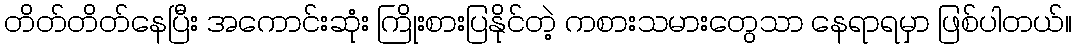
တိတ်တိတ်နေပြီး အကောင်းဆုံး ကြိုးစားပြနိုင်တဲ့ ကစားသမားတွေသာ နေရာရမှာ ဖြစ်ပါတယ်။